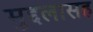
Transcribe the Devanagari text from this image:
मुद्दलासह